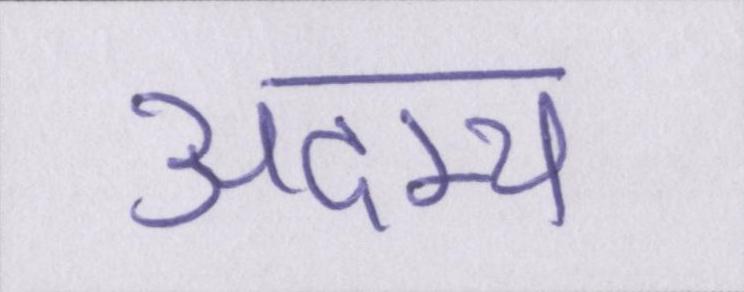
अदम्य